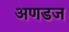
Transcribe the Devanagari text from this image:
अणडज